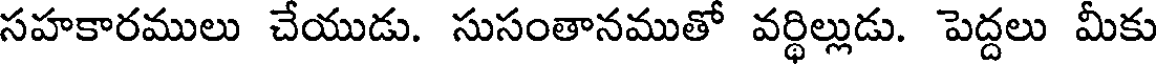
సహకారములు చేయుడు. సుసంతానముతో వర్థిల్లుడు. పెద్దలు మీకు